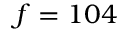
f = 1 0 4